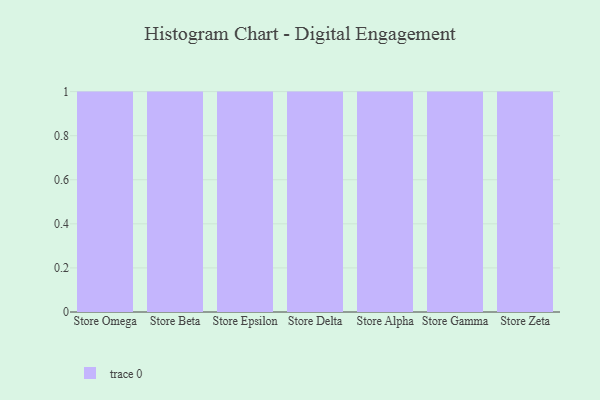
{"axis": {"x": "Store", "y": "Operating Costs (USD K)"}, "legend": [""], "data": [{"x": "Store Omega", "y": 57, "type": ""}, {"x": "Store Beta", "y": 3, "type": ""}, {"x": "Store Epsilon", "y": 60, "type": ""}, {"x": "Store Delta", "y": 7, "type": ""}, {"x": "Store Alpha", "y": 6, "type": ""}, {"x": "Store Gamma", "y": 75, "type": ""}, {"x": "Store Zeta", "y": 56, "type": ""}]}